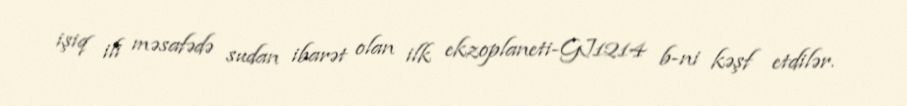
işiq ili məsafədə sudan ibarət olan ilk ekzoplaneti-GJ1214 b-ni kəşf etdilər.